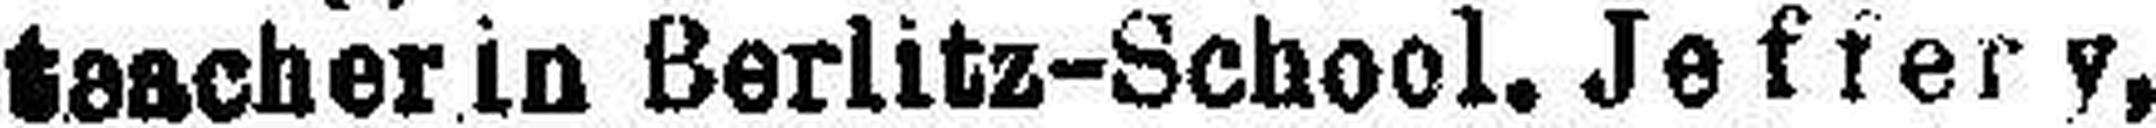
teacher in Berlitz-School. Jeffery,